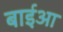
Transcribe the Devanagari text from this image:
बाईआ